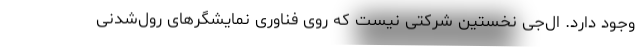
وجود دارد. ال‌جی نخستین شرکتی نیست که روی فناوری نمایشگرهای رول‌شدنی